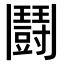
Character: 鬪